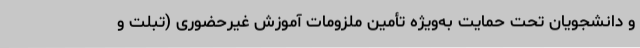
و دانشجویان تحت حمایت به‌ویژه تأمین ملزومات آموزش غیرحضوری (تبلت و